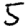
Digit: 5